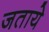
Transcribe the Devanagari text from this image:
जताये